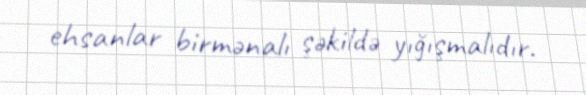
ehsanlar birmənalı şəkildə yığışmalıdır.